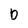
Character: b